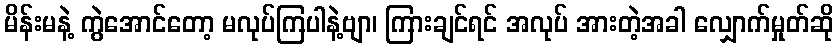
မိန်းမနဲ့ ကွဲအောင်တော့ မလုပ်ကြပါနဲ့ဗျာ၊ ကြားချင်ရင် အလုပ် အားတဲ့အခါ လျှောက်မှုတ်ဆို